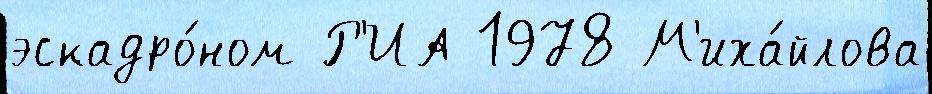
эскадро́ном Р'ИА 1978 М'иха́йлова